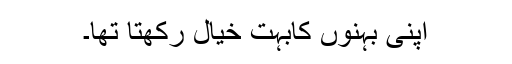
اپنی بہنوں کابہت خیال رکھتا تھا۔